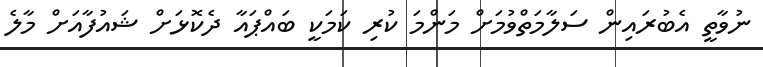
ނުވާތީ އެބުރައިން ސަލާމަތްވުމަށް މަންމަ ކުރި ކަމަކީ ބައްޕައާ ދެކޮޅަށް ޝައުފާއަށް މާލެ